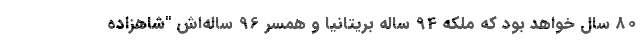
80 سال خواهد بود که ملکه 94 ساله بریتانیا و همسر 96 ساله‌اش "شاهزاده